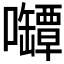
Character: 𰉊